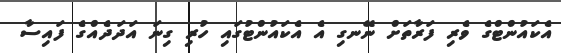
އެކައުންޓްގެ ވެރި ފަރާތަށް ނޭނގި އެ އެކައުންޓުގައި ހުރި ގިނަ އަދަދެއްގެ ފައިސާ